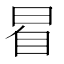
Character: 𣆢